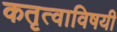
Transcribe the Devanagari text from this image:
कतृत्वाविषयी